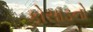
કોસાડનો